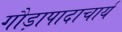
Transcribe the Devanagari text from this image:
गौड़ापादाचार्य